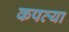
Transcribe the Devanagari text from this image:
कपव्या